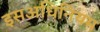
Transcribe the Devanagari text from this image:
इसअधिनियम